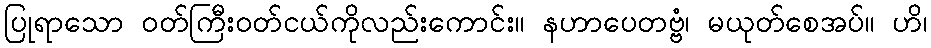
ပြုရာသော ဝတ်ကြီးဝတ်ငယ်ကိုလည်းကောင်း။ နဟာပေတဗ္ဗံ၊ မယုတ်စေအပ်။ ဟိ၊